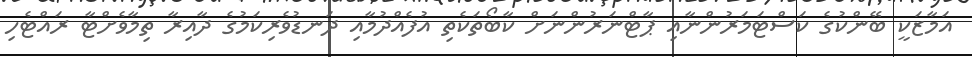
އަމާޒަކީ ބޭންކުގެ ކަސްޓަމަރުންނާއި ޕާޓްނަރުންނަށް ކާބޯތަކެތި އުފެއްދުމާއި ދަނޑުވެރިކަމުގެ ދާއިރާ ތިމާވެށްޓާ ރައްޓެހި